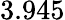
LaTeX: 3.945